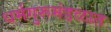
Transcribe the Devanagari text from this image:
धर्मगुरूमंडळात